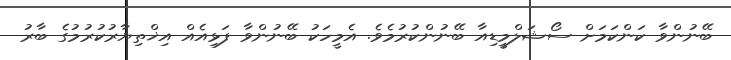
ބޭނުންވާ ކަންކަމަށް ސޯޝަލްމީޑިއާ ބޭނުންކުރުމެވެ. އެމީހަކު ބޭނުންވާ ފަޅިއެއް އިޚްތިޔާރުކުރުމުގެ ބާރު